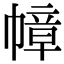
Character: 幛